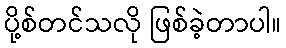
ပို့စ်တင်သလို ဖြစ်ခဲ့တာပါ။